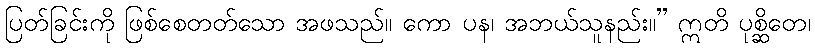
ပြတ်ခြင်းကို ဖြစ်စေတတ်သော အဖသည်။ ကော ပန၊ အဘယ်သူနည်း။” ဣတိ ပုစ္ဆိတေ၊